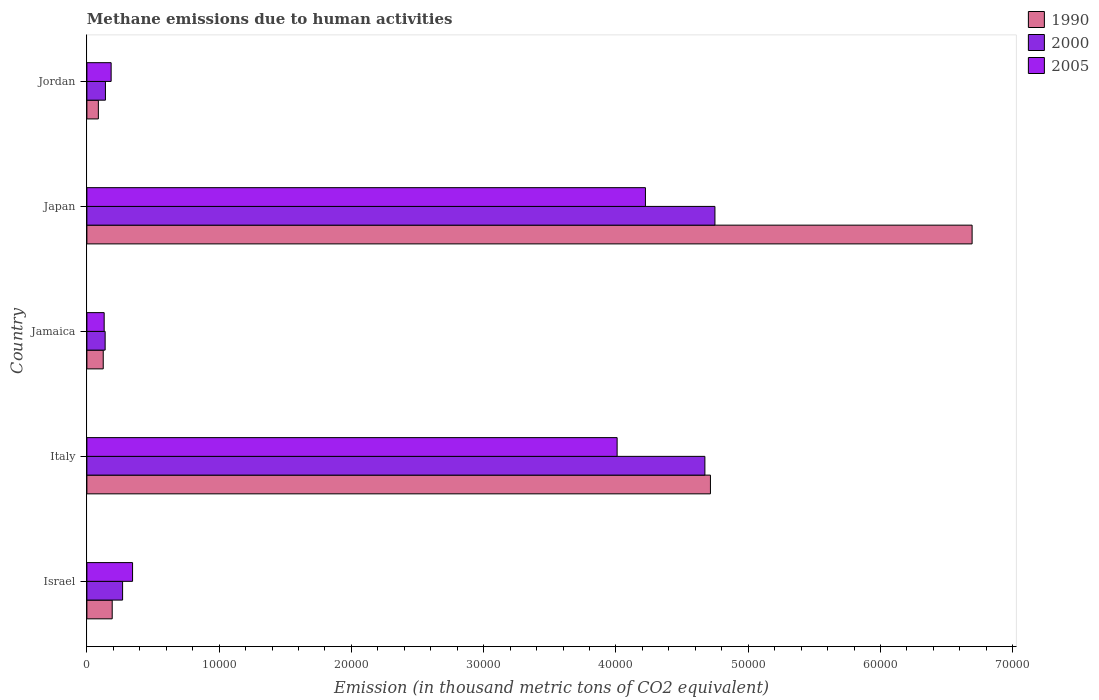
| Country | 1990 | 2000 | 2005 |
 | --- | --- | --- | --- |
 | Israel | 1.91e+03 | 2.7e+03 | 3.45e+03 |
 | Italy | 4.71e+04 | 4.67e+04 | 4.01e+04 |
 | Jamaica | 1.24e+03 | 1.38e+03 | 1.31e+03 |
 | Japan | 6.69e+04 | 4.75e+04 | 4.22e+04 |
 | Jordan | 867 | 1.4e+03 | 1.83e+03 |